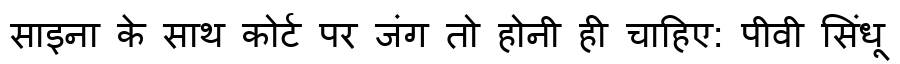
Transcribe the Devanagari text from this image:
साइना के साथ कोर्ट पर जंग तो होनी ही चाहिए: पीवी सिंधू